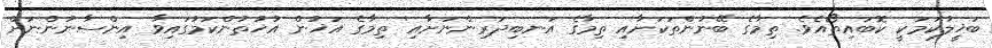
ބަޚީލުކަމަކީ ކޮބައިތޯއެވެ. ތިމާގެ ބޭނުންތަކަށާއި ތިމާގެ އަނބިދަރިންނަށާއި' ތިމާގެ އަޚުން އުޚުތުންކަމުގައިވާ އިންސާނުންނަށް